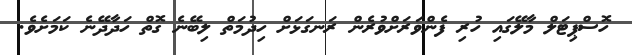
ހޮސްޕިޓަލް މާލޭގައި ހުރި ފެންވަރަށްވުރެން ރަނގަޅަށް ހިދުމަތް ލިބޭނެ ގޮތް ހަދާދޭނެ ކަމަށެވެ.